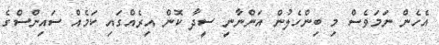
އެހެން ނަމަވެސް މި ބިންހެލުން އަންނާނީ ސީދާ ކޮން އިރެއްގައި ކަމެއް ސައިންސްގެ